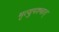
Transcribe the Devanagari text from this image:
मृत्युपश्चात्